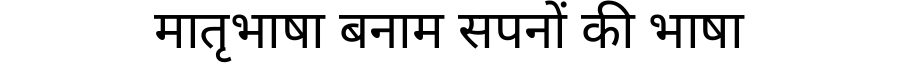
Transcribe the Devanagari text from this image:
मातृभाषा बनाम सपनों की भाषा